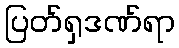
ပြတ်ရှဒဏ်ရာ